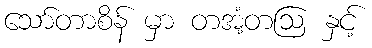
သော်တာစိန် မှာ တအံ့တဩ နှင့်